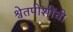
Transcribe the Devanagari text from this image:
श्वेतपीशींची